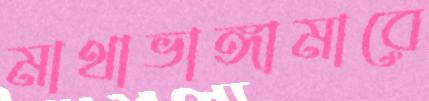
মাথাভাঙ্গামারে